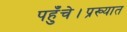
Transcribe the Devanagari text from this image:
पहुँचे।प्रख्यात